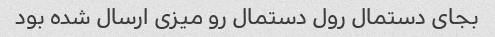
بجای دستمال رول دستمال رو میزی ارسال شده بود